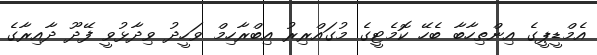
އެމްޑީޕީގެ އިންތިހާބާ ބެހޭ ކޮމެޓީގެ މުގައްރިރު އިބްރާހިމް ވަހީދު ވިދާޅުވީ ފޭދޫ ދާއިރާގެ